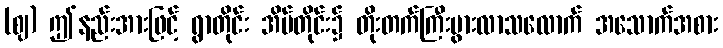
(ဈ) ဤနည်းအားဖြင့် ရွာတိုင်း အိမ်တိုင်း၌ တိုးတက်ကြီးပွားလာသလောက် အသောက်အစား